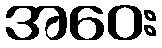
အဝေး